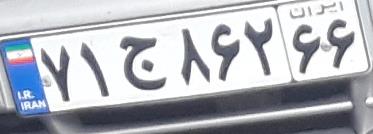
۷۱ج۸۶۲۶۶